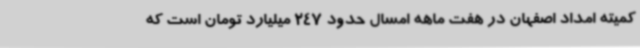
کمیته امداد اصفهان در هفت ماهه امسال حدود 247 میلیارد تومان است که